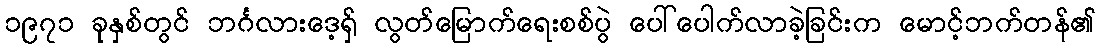
၁၉၇၁ ခုနှစ်တွင် ဘင်္ဂလားဒေ့ရှ် လွတ်မြောက်ရေးစစ်ပွဲ ပေါ်ပေါက်လာခဲ့ခြင်းက မောင့်ဘက်တန်၏